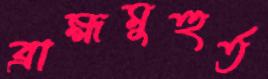
ব্রাহ্মমুহুর্ত